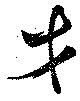
才